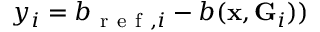
y _ { i } = b _ { \mathrm { ~ r ~ e ~ f ~ } , i } - b ( \mathbf { x } , \mathbf { G } _ { i } ) )